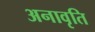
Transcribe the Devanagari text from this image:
अनावृति